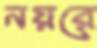
নয়রে